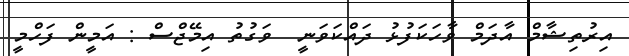
އިރުތިޝާމް އާދަމް ވާހަކަފުޅު ދައްކަވަނީ  ވަގުތު އިމޭޖްސް : އަމީން ފަހްމީ